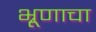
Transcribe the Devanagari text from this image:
भ्रूणाचा